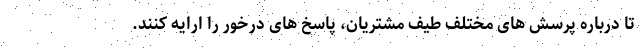
تا درباره پرسش ­های مختلف طیف مشتریان، پاسخ ­های درخور را ارایه کنند.